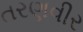
તરણવીર